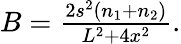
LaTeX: \begin{array}{r}{B=\frac{2s^{2}(n_{1}+n_{2})}{L^{2}+4x^{2}}.}\end{array}